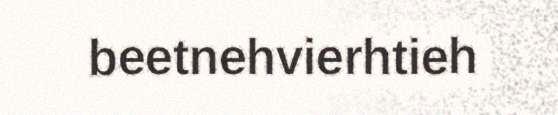
beetnehvierhtieh